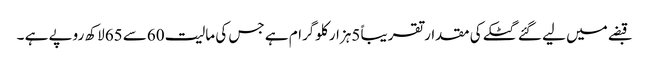
قبضے میں لیے گئے گٹکے کی مقدار تقریباً 5ہزار کلوگرام ہے جس کی مالیت 60سے 65لاکھ روپے ہے ۔